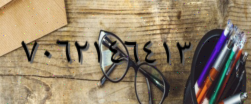
٧٠٦٢١٤٦٤١٣